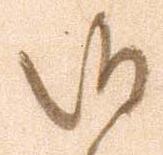
候